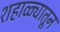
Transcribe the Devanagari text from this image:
शहाळ्यातून